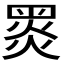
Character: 𪐗